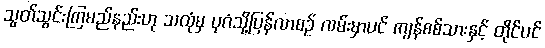
သွတ်သွင်းကြမည်နည်းဟု သထုံမှ ပုဂံသို့ပြန်လာစဉ် လမ်းမှာပင် ကျန်စစ်သားနှင့် တိုင်ပင်